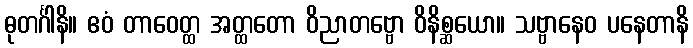
ဓုတင်္ဂါနိ။ ဧဝံ တာဝေတ္ထ အတ္ထတော ဝိညာတဗ္ဗော ဝိနိစ္ဆယော။ သဗ္ဗာနေဝ ပနေတာနိ